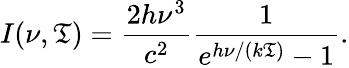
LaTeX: I(\nu,\mathfrak{T})={\frac{{2h\nu^{3}}}{{c^{2}}}}{\frac{{1}}{{e^{h\nu/(k\mathfrak{T})}-1}}}.